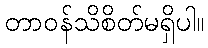
တာဝန်သိစိတ်မရှိပါ။